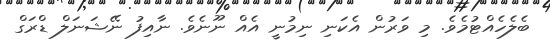
ބެލެހެއްޓުމެވެ. މި ވަރުން އެކަނި ނިމުނީ އެއް ނޫނެވެ. ނާއިފު ނޭޝަނަލް ޑްރަގް